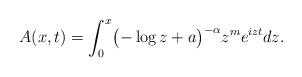
LaTeX: \begin{align*}A(x, t)=\int_0^x \bigl(-\log z + a\bigr)^{-\alpha} z^m e^{ izt}dz.\end{align*}